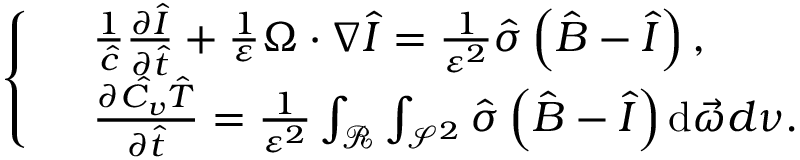
\left\{ \begin{array} { r l } & { \frac { 1 } { \hat { c } } \frac { \partial \hat { I } } { \partial \hat { t } } + \frac { 1 } { \varepsilon } \Omega \cdot \nabla \hat { I } = \frac { 1 } { \varepsilon ^ { 2 } } \hat { \sigma } \left( \hat { B } - \hat { I } \right) , } \\ & { \frac { \partial \hat { C _ { v } } \hat { T } } { \partial \hat { t } } = \frac { 1 } { \varepsilon ^ { 2 } } \int _ { \mathcal { R } } \int _ { \mathcal { S } ^ { 2 } } \hat { \sigma } \left( \hat { B } - \hat { I } \right) \mathrm { d } \vec { \omega } d \nu . } \end{array} \right.